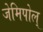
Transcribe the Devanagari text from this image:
जेमिपोल्